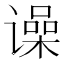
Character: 𬤨